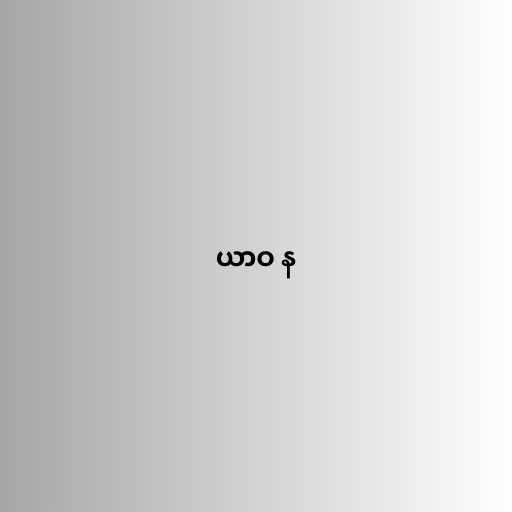
ယာဝ န